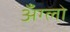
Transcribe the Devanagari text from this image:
अँग्लो